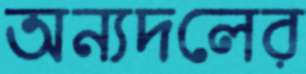
অন্যদলের